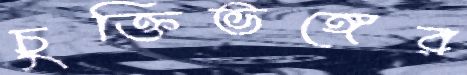
চুক্তিভঙ্গের